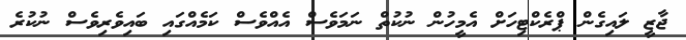
ޖާޒީ ލައިގެން ޕްރެކްޓިހަށް އެމީހުން ނުކުތް ނަމަވެސް އެއްވެސް ކަމެއްގައި ބައިވެރިވެސް ނުކުރެ